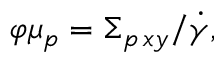
\varphi \mu _ { p } = { \Sigma _ { p \, x y } } / { \dot { \gamma } } ,